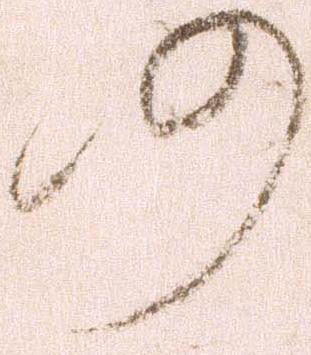
仍